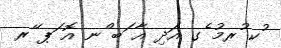
ުކ ުރމު ެގ އަދި އާ ަބ ްނ އޮ ަޕ ޭރ